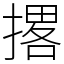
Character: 撂